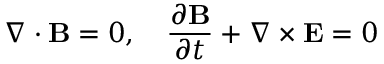
\nabla \cdot \mathbf { B } = 0 , \quad { \frac { \partial \mathbf { B } } { \partial t } } + \nabla \times \mathbf { E } = 0